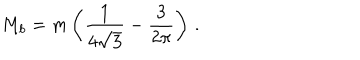
M _ { b } = m \left( \frac 1 { 4 \sqrt { 3 } } - \frac 3 { 2 \pi } \right) \, .